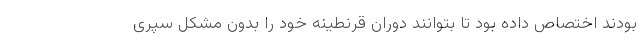
بودند اختصاص داده بود تا بتوانند دوران قرنطینه خود را بدون مشکل سپری